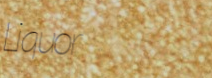
Liquor